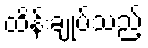
ထိန်းချုပ်သည့်